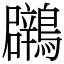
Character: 鸊